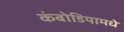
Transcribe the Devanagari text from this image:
कंबोडियामधे